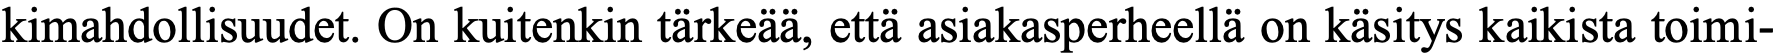
kimahdollisuudet. On kuitenkin tärkeää, että asiakasperheellä on käsitys kaikista toimi-